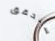
سنحقق